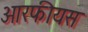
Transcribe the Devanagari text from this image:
आरफीयस